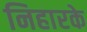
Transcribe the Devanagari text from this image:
निहारके